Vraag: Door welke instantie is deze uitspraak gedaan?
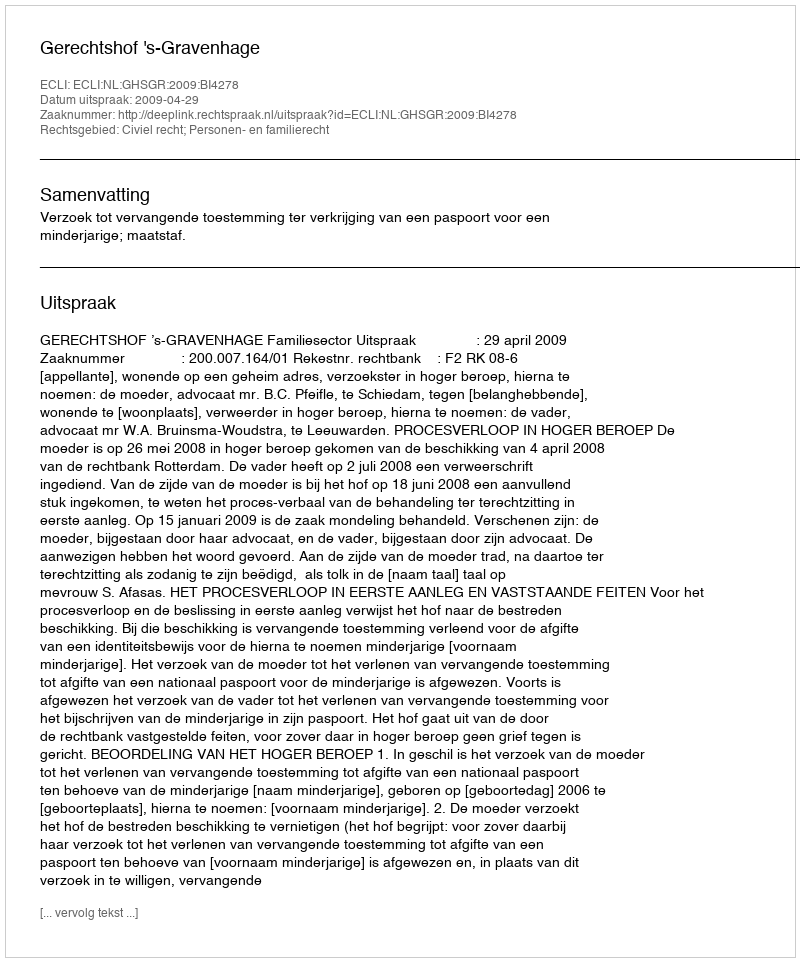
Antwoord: Gerechtshof 's-Gravenhage